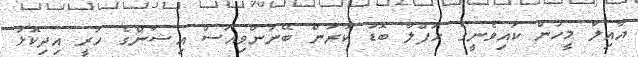
އާއިލާ މީހުން ކައިވެނީގެ ހަފްލާ ބޮޑު ކުރަން ބޭނުންވިއަސް އިޝާންގެ ހުރީ އިދިކޮޅު